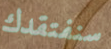
سنفتقدك